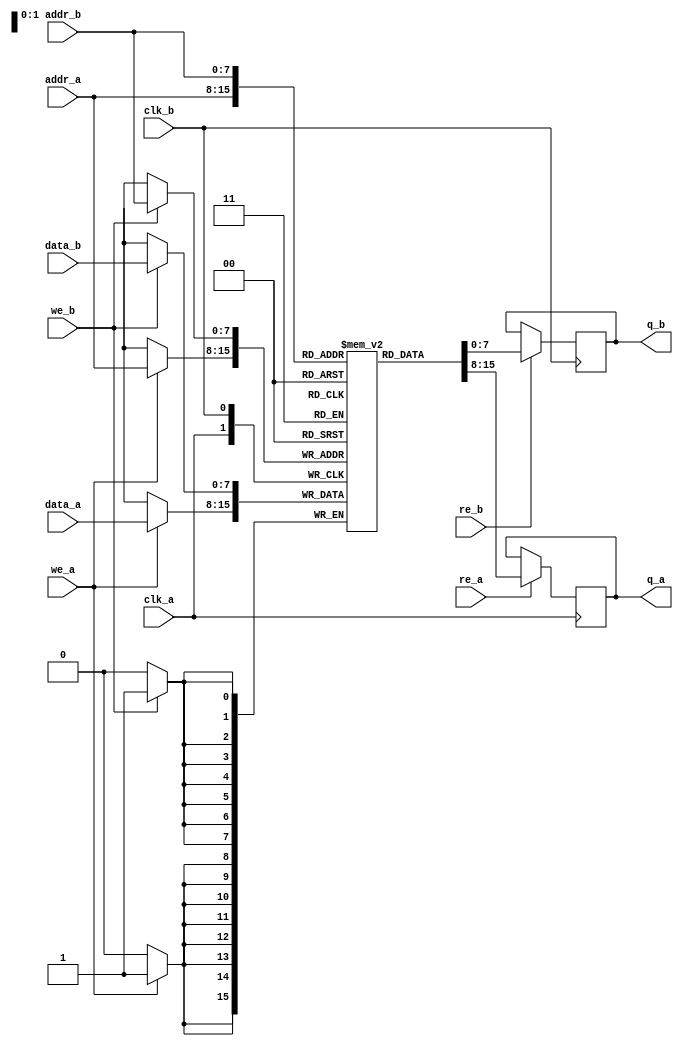
module dual_port_sram #(
    parameter DATA_WIDTH = 8,  // Width of each data entry
    parameter ADDR_WIDTH = 8,  // Width of address lines
    parameter DEPTH = 256       // Number of memory entries (2^ADDR_WIDTH)
) (
    input  wire                  clk_a,        // Clock for Port A
    input  wire                  clk_b,        // Clock for Port B
    
    // Port A signals
    input  wire [ADDR_WIDTH-1:0] addr_a,     // Address for Port A
    input  wire [DATA_WIDTH-1:0] data_a,     // Data for Port A (write)
    input  wire                  we_a,        // Write Enable for Port A
    input  wire                  re_a,        // Read Enable for Port A
    output reg  [DATA_WIDTH-1:0] q_a,        // Data output for Port A

    // Port B signals
    input  wire [ADDR_WIDTH-1:0] addr_b,     // Address for Port B
    input  wire [DATA_WIDTH-1:0] data_b,     // Data for Port B (write)
    input  wire                  we_b,        // Write Enable for Port B
    input  wire                  re_b,        // Read Enable for Port B
    output reg  [DATA_WIDTH-1:0] q_b         // Data output for Port B
);

    // Memory array
    reg [DATA_WIDTH-1:0] mem [0:DEPTH-1];

    // Port A logic
    always @(posedge clk_a) begin
        // Write on Port A
        if (we_a) begin
            mem[addr_a] <= data_a;
        end
        // Read from Port A
        if (re_a) begin
            q_a <= mem[addr_a];
        end
    end

    // Port B logic
    always @(posedge clk_b) begin
        // Write on Port B
        if (we_b) begin
            mem[addr_b] <= data_b;
        end
        // Read from Port B
        if (re_b) begin
            q_b <= mem[addr_b];
        end
    end

endmodule